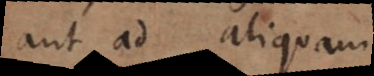
aut ad aliquam